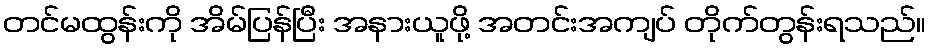
တင်မထွန်းကို အိမ်ပြန်ပြီး အနားယူဖို့ အတင်းအကျပ် တိုက်တွန်းရသည်။